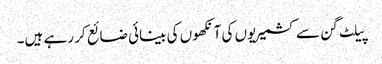
پیلٹ گن سے کشمیریوں کی آنکھوں کی بینائی ضائع کر رہے ہیں۔